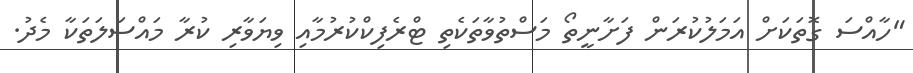
"ހާއްސަ ގޮތަކަށް އަމަލުކުރަން ފަށާނީތޯ މަސްތުވާތަކެތި ޓްރެފިކްކުރުމާއި ވިޔަވާރި ކުރާ މައްސަލަތަކާ މެދު.